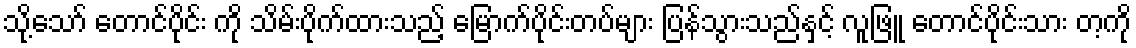
သို့သော် တောင်ပိုင်း ကို သိမ်းပိုက်ထားသည့် မြောက်ပိုင်းတပ်များ ပြန်သွားသည်နှင့် လူဖြူ တောင်ပိုင်းသား တ့ကို